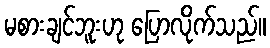
မစားချင်ဘူးဟု ပြောလိုက်သည်။